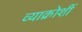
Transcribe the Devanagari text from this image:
व्याक्रोशीं